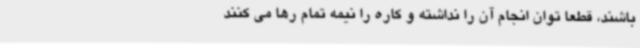
باشند، قطعا توان انجام آن را نداشته و کاره را نیمه تمام رها می کنند